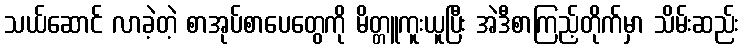
သယ်ဆောင် လာခဲ့တဲ့ စာအုပ်စာပေတွေကို မိတ္တူကူးယူပြီး အဲဒီစာကြည့်တိုက်မှာ သိမ်းဆည်း